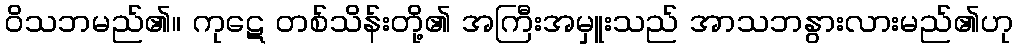
ဝိသဘမည်၏။ ကုဋေ တစ်သိန်းတို့၏ အကြီးအမှူးသည် အာသဘနွားလားမည်၏ဟု